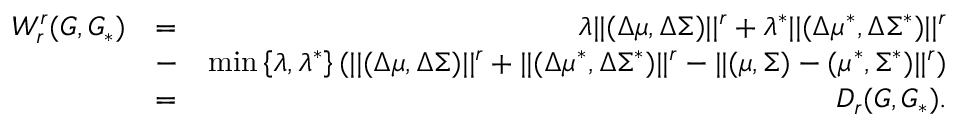
\begin{array} { r l r } { W _ { r } ^ { r } ( G , G _ { * } ) } & { = } & { \lambda | | ( \Delta \mu , \Delta \Sigma ) | | ^ { r } + \lambda ^ { * } | | ( \Delta \mu ^ { * } , \Delta \Sigma ^ { * } ) | | ^ { r } } \\ & { - } & { \operatorname* { m i n } \left\{ \lambda , \lambda ^ { * } \right\} ( | | ( \Delta \mu , \Delta \Sigma ) | | ^ { r } + | | ( \Delta \mu ^ { * } , \Delta \Sigma ^ { * } ) | | ^ { r } - | | ( \mu , \Sigma ) - ( \mu ^ { * } , \Sigma ^ { * } ) | | ^ { r } ) } \\ & { = } & { D _ { r } ( G , G _ { * } ) . } \end{array}